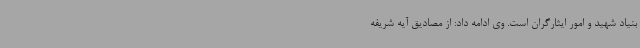
بنیاد شهید و امور ایثارگران است. وی ادامه داد: از مصادیق آیه شریفه